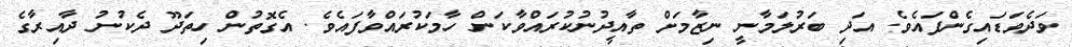
ވަދެވަޑައިގެންފައެވެ. އަދި ބަރުލަމާނީ ނިޒާމަށް ތާއީީދުނުކުރައްވާކަން ހާމަކުރައްވާފައެވެ. އެގޮތުން ހިތަދޫ ދެކުނު ދާއިރާގެ